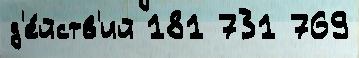
д'е́йств'ий 181 731 769